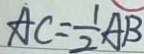
A C = \frac { 1 } { 2 } A B